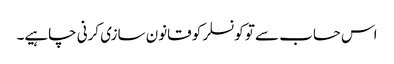
اس حساب سے تو کونسلر کو قانون سازی کرنی چاہیے۔